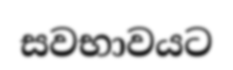
සවභාවයට